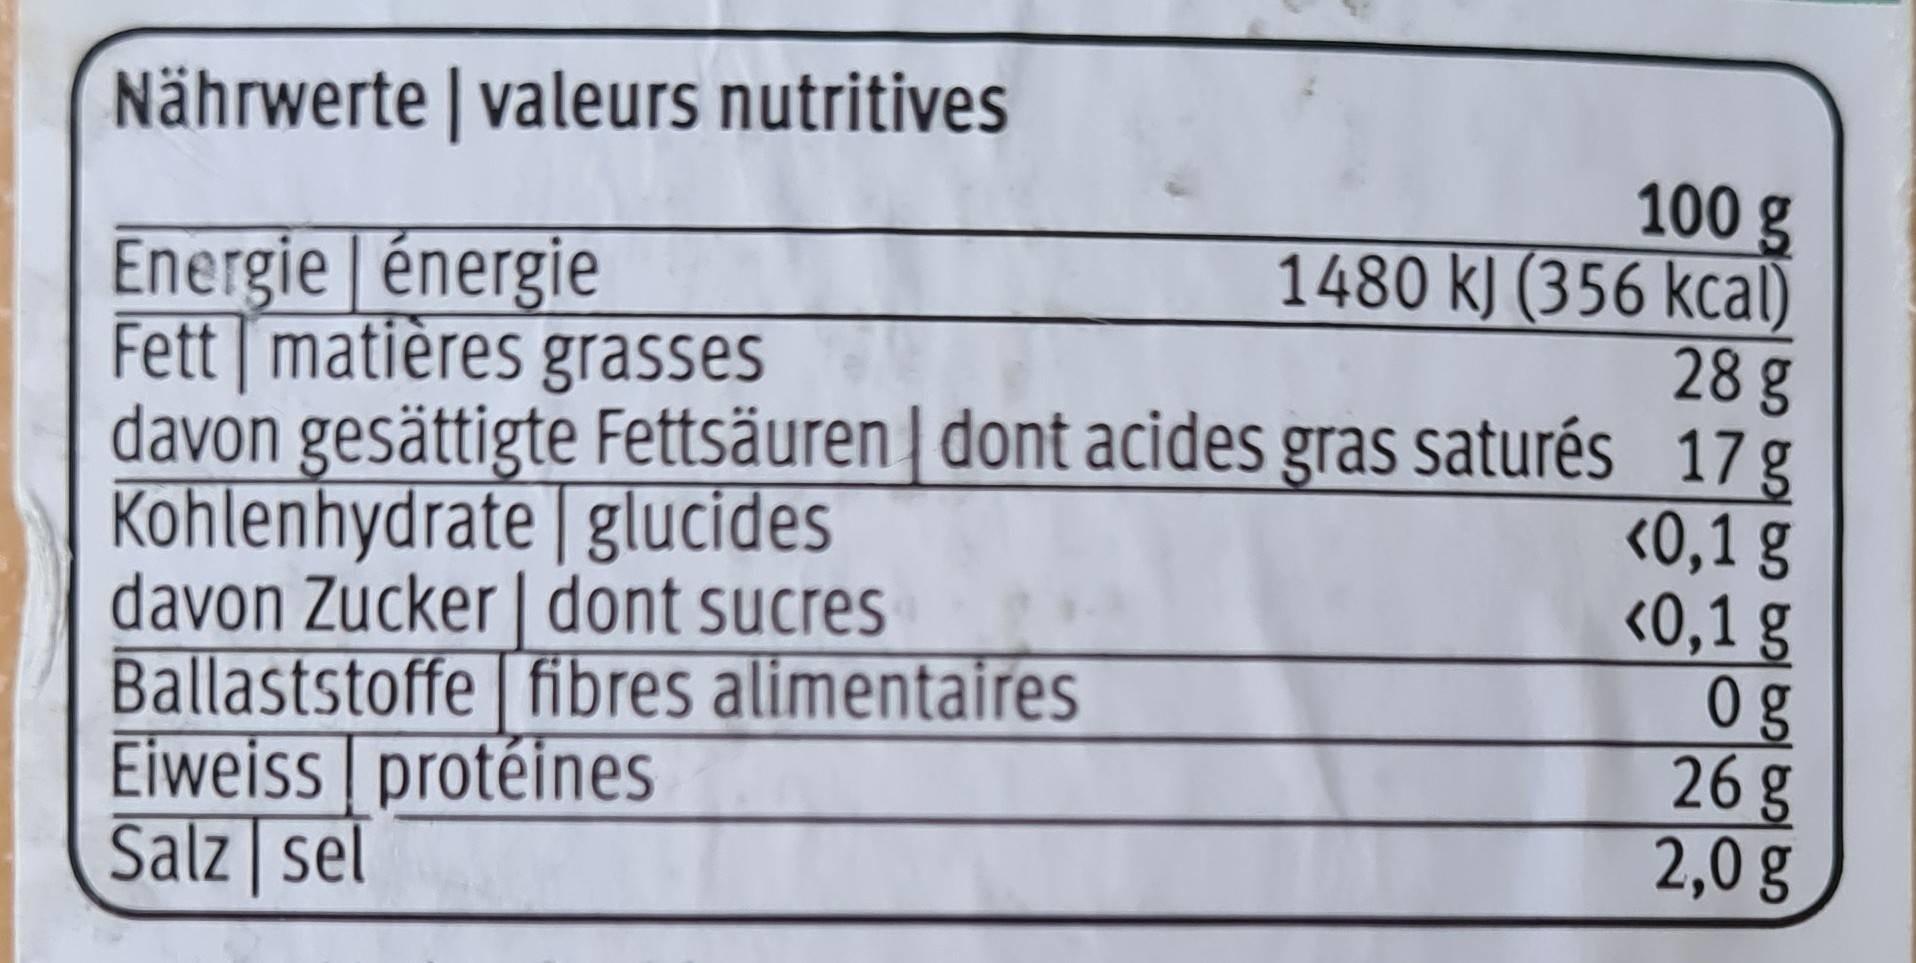
Nährwerte | valeurs nutritives
100 g 1480 kJ (356 kcal) 28 g
Energie | énergie Fett matières grasses davon gesättigte Fettsäuren | dont acides gras saturés 17 g Kohlenhydrate | glucides davon Zucker | dont sucres Ballaststoffe fibres alimentaires Eiweiss protéines Salz sel
<0,1 g <0,1 g 0g 26g 2,0g